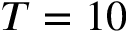
T = 1 0